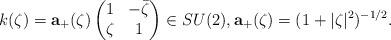
LaTeX: \begin{align*}k(\zeta)=\mathbf a_+(\zeta)\left(\begin{matrix}1&-\bar{\zeta}\\\zeta&1\end{matrix}\right)\in SU(2),\mathbf a_+(\zeta)=(1+|\zeta|^2)^{-1/2}.\end{align*}